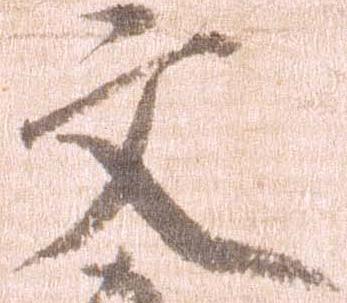
文